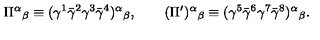
\Pi ^ { \alpha } { } _ { \beta } \equiv ( \gamma ^ { 1 } \bar { \gamma } ^ { 2 } \gamma ^ { 3 } \bar { \gamma } ^ { 4 } ) ^ { \alpha } { } _ { \beta } , \qquad ( \Pi ^ { \prime } ) ^ { \alpha } { } _ { \beta } \equiv ( \gamma ^ { 5 } \bar { \gamma } ^ { 6 } \gamma ^ { 7 } \bar { \gamma } ^ { 8 } ) ^ { \alpha } { } _ { \beta } .